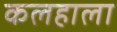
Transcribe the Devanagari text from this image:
कलहाला